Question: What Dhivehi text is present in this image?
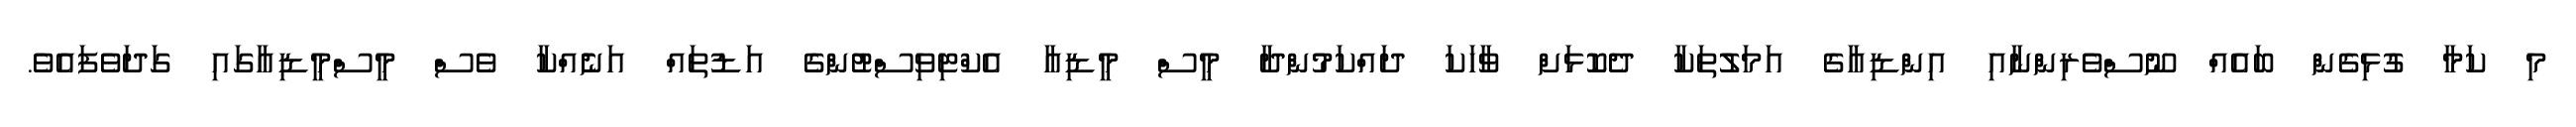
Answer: މި ކަމާ ގުޅިގެން ބައެއް ނޫސްވެރިންނާއި އިންޑިއާގެ އަމަލުތަކާ ދެކޮޅަށް ވާހަކަ ދައްކަމުންދާ މީސް މީޑިއާ އެކްޓިވިސްޓުންގެ އަޑުތައް އަނެެއްކާ ވެސް މީސްމީޑިއާގައި ގަދަވެފައެވެ.